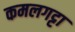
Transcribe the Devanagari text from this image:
कमलगट्टा